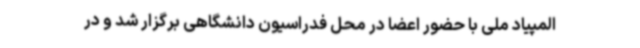
المپیاد ملی با حضور اعضا در محل فدراسیون دانشگاهی برگزار شد و در